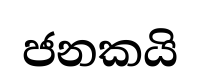
ජනකයි